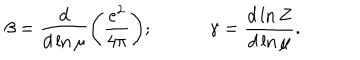
\beta = \frac { d } { d \ln \mu } \Bigg ( \frac { e ^ { 2 } } { 4 \pi } \Bigg ) ; \qquad \quad \gamma = \frac { d \ln Z } { d \ln \mu } .